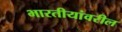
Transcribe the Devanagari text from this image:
भारतीयांवरील